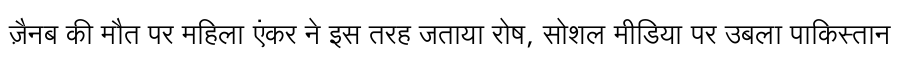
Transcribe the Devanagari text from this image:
ज़ैनब की मौत पर महिला एंकर ने इस तरह जताया रोष, सोशल मीडिया पर उबला पाकिस्तान